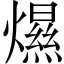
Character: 𤐴